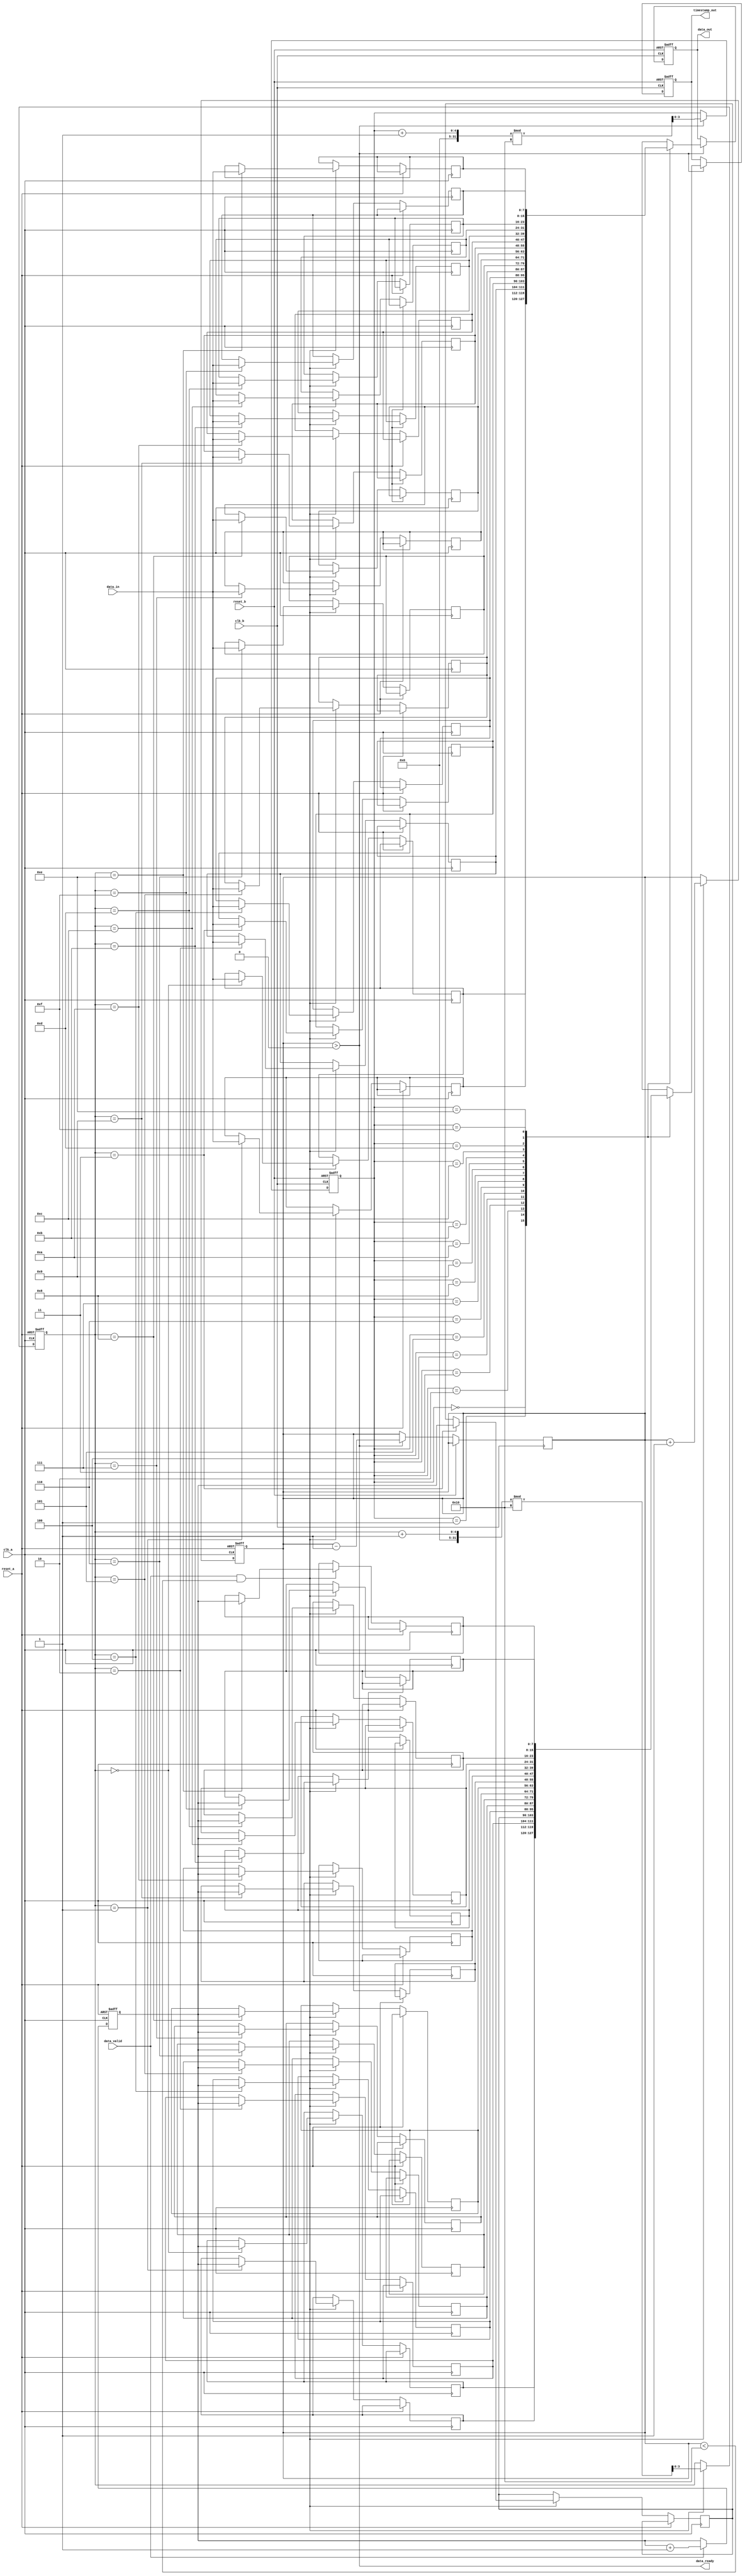
module TimeStampedSynchronizer #(
    parameter DATA_WIDTH = 8,          // Width of the data
    parameter TIMESTAMP_WIDTH = 8,     // Width of the timestamp
    parameter FIFO_DEPTH = 16           // Depth of the FIFO buffer
)(
    input wire clk_a,                   // Clock domain A
    input wire clk_b,                   // Clock domain B
    input wire reset_a,                 // Reset for clock domain A
    input wire reset_b,                 // Reset for clock domain B
    input wire [DATA_WIDTH-1:0] data_in, // Data input from domain A
    input wire data_valid,              // Indicates valid data on data_in
    output wire [DATA_WIDTH-1:0] data_out, // Data output to domain B
    output wire [TIMESTAMP_WIDTH-1:0] timestamp_out, // Timestamp output to domain B
    output wire data_ready              // Indicates data is ready in domain B
);

    // FIFO buffer to store data and timestamps
    reg [DATA_WIDTH-1:0] fifo_data [0:FIFO_DEPTH-1];
    reg [TIMESTAMP_WIDTH-1:0] fifo_timestamp [0:FIFO_DEPTH-1];
    reg [3:0] write_ptr = 0;            // Write pointer
    reg [3:0] read_ptr = 0;             // Read pointer
    reg [3:0] fifo_count = 0;           // Number of items in FIFO

    // Generate timestamp on clock A
    reg [TIMESTAMP_WIDTH-1:0] timestamp;
    always @(posedge clk_a or posedge reset_a) begin
        if (reset_a) begin
            timestamp <= 0;
        end else if (data_valid) begin
            timestamp <= timestamp + 1; // Increment timestamp for each valid data
        end
    end

    // Write data and timestamp to FIFO
    always @(posedge clk_a or posedge reset_a) begin
        if (reset_a) begin
            write_ptr <= 0;
            fifo_count <= 0;
        end else if (data_valid && fifo_count < FIFO_DEPTH) begin
            fifo_data[write_ptr] <= data_in;
            fifo_timestamp[write_ptr] <= timestamp;
            write_ptr <= (write_ptr + 1) % FIFO_DEPTH;
            fifo_count <= fifo_count + 1;
        end
    end

    // Read data and timestamp from FIFO in clock domain B
    reg [DATA_WIDTH-1:0] data_out_reg;
    reg [TIMESTAMP_WIDTH-1:0] timestamp_out_reg;
    assign data_out = data_out_reg;
    assign timestamp_out = timestamp_out_reg;
    assign data_ready = (fifo_count > 0);

    always @(posedge clk_b or posedge reset_b) begin
        if (reset_b) begin
            read_ptr <= 0;
            data_out_reg <= 0;
            timestamp_out_reg <= 0;
        end else if (data_ready) begin
            data_out_reg <= fifo_data[read_ptr];
            timestamp_out_reg <= fifo_timestamp[read_ptr];
            read_ptr <= (read_ptr + 1) % FIFO_DEPTH;
            fifo_count <= fifo_count - 1;
        end
    end

endmodule